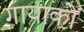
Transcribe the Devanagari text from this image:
गायाकों